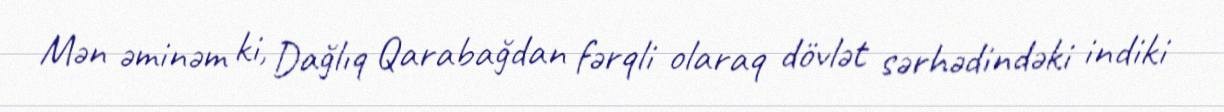
Mən əminəm ki, Dağlıq Qarabağdan fərqli olaraq dövlət sərhədindəki indiki